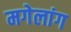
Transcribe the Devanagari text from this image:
मगेलांग